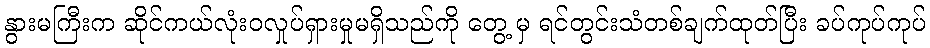
နွားမကြီးက ဆိုင်ကယ်လုံးဝလှုပ်ရှားမှုမရှိသည်ကို တွေ့ မှ ရင်တွင်းသံတစ်ချက်ထုတ်ပြီး ခပ်ကုပ်ကုပ်